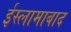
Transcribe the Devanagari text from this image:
ईस्लामाबाद